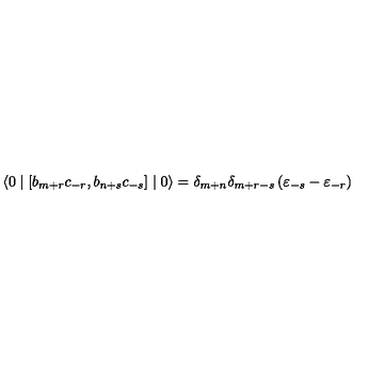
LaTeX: \langle 0 \mid \left[ b _ { m + r } c _ { - r } , b _ { n + s } c _ { - s } \right] \mid 0 \rangle = { \delta } _ { m + n } { \delta } _ { m + r - s } \left( { \varepsilon } _ { - s } - { \varepsilon } _ { - r } \right)